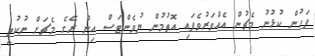
ފަހުން ކުޅުނު މެޗުން އެއްވަރުވެފައި އޮތުމުން ޔުވެންޓަސް އިން ރޭގެ މެޗަށް ނުކުތީ